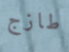
طازج